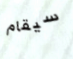
سيقام